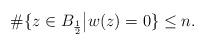
LaTeX: \begin{align*}\#\{ z\in B_{\frac{1}{2}} \big| w(z)=0 \} \leq n.\end{align*}